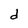
Character: d